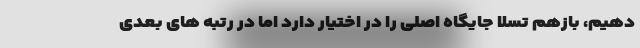
دهیم، بازهم تسلا جایگاه اصلی را در اختیار دارد اما در رتبه های بعدی